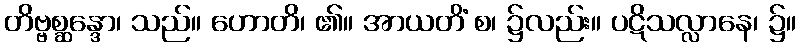
တိဗ္ဗစ္ဆန္ဒော၊ သည်။ ဟောတိ၊ ၏။ အာယတိံ စ၊ ၌လည်း။ ပဋိသလ္လာနေ၊ ၌။